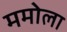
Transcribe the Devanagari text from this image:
ममोला